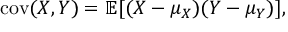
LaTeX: \operatorname { c o v } ( X , Y ) = \operatorname { \mathbb { E } } [ ( X - \mu _ { X } ) ( Y - \mu _ { Y } ) ] ,